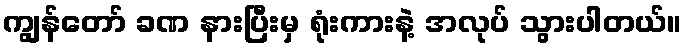
ကျွန်တော် ခဏ နားပြီးမှ ရုံးကားနဲ့ အလုပ် သွားပါတယ်။